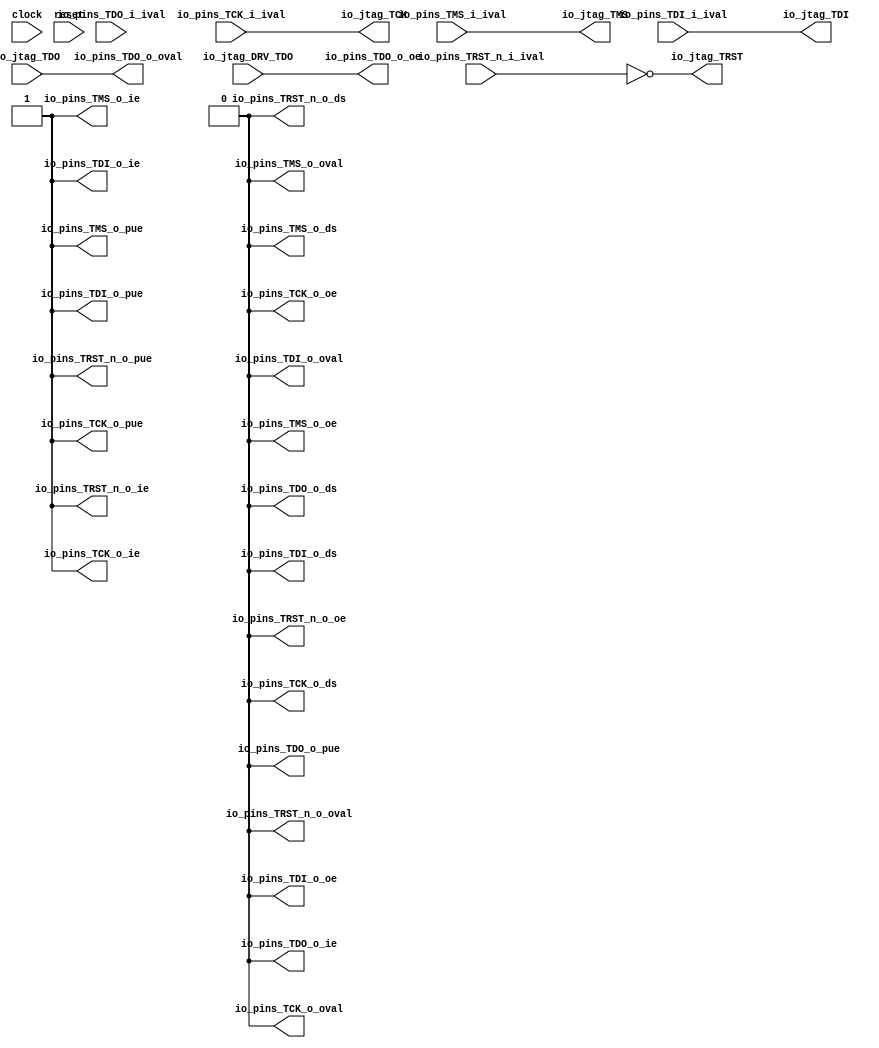
// This program was cloned from: https://github.com/xiaoerlang0359/E203plus
// License: Apache License 2.0

 /*                                                                      
 Copyright 2018 Nuclei System Technology, Inc.                
                                                                         
 Licensed under the Apache License, Version 2.0 (the "License");         
 you may not use this file except in compliance with the License.        
 You may obtain a copy of the License at                                 
                                                                         
     http://www.apache.org/licenses/LICENSE-2.0                          
                                                                         
  Unless required by applicable law or agreed to in writing, software    
 distributed under the License is distributed on an "AS IS" BASIS,       
 WITHOUT WARRANTIES OR CONDITIONS OF ANY KIND, either express or implied.
 See the License for the specific language governing permissions and     
 limitations under the License.                                          
 */                                                                      
                                                                         
                                                                         
                                                                         

module sirv_jtaggpioport(
  input   clock,
  input   reset,
  output  io_jtag_TCK,
  output  io_jtag_TMS,
  output  io_jtag_TDI,
  input   io_jtag_TDO,
  output  io_jtag_TRST,
  input   io_jtag_DRV_TDO,
  input   io_pins_TCK_i_ival,
  output  io_pins_TCK_o_oval,
  output  io_pins_TCK_o_oe,
  output  io_pins_TCK_o_ie,
  output  io_pins_TCK_o_pue,
  output  io_pins_TCK_o_ds,
  input   io_pins_TMS_i_ival,
  output  io_pins_TMS_o_oval,
  output  io_pins_TMS_o_oe,
  output  io_pins_TMS_o_ie,
  output  io_pins_TMS_o_pue,
  output  io_pins_TMS_o_ds,
  input   io_pins_TDI_i_ival,
  output  io_pins_TDI_o_oval,
  output  io_pins_TDI_o_oe,
  output  io_pins_TDI_o_ie,
  output  io_pins_TDI_o_pue,
  output  io_pins_TDI_o_ds,
  input   io_pins_TDO_i_ival,
  output  io_pins_TDO_o_oval,
  output  io_pins_TDO_o_oe,
  output  io_pins_TDO_o_ie,
  output  io_pins_TDO_o_pue,
  output  io_pins_TDO_o_ds,
  input   io_pins_TRST_n_i_ival,
  output  io_pins_TRST_n_o_oval,
  output  io_pins_TRST_n_o_oe,
  output  io_pins_TRST_n_o_ie,
  output  io_pins_TRST_n_o_pue,
  output  io_pins_TRST_n_o_ds
);
  wire  T_101;
  wire  T_117;
  assign io_jtag_TCK = T_101;
  assign io_jtag_TMS = io_pins_TMS_i_ival;
  assign io_jtag_TDI = io_pins_TDI_i_ival;
  assign io_jtag_TRST = T_117;
  assign io_pins_TCK_o_oval = 1'h0;
  assign io_pins_TCK_o_oe = 1'h0;
  assign io_pins_TCK_o_ie = 1'h1;
  assign io_pins_TCK_o_pue = 1'h1;
  assign io_pins_TCK_o_ds = 1'h0;
  assign io_pins_TMS_o_oval = 1'h0;
  assign io_pins_TMS_o_oe = 1'h0;
  assign io_pins_TMS_o_ie = 1'h1;
  assign io_pins_TMS_o_pue = 1'h1;
  assign io_pins_TMS_o_ds = 1'h0;
  assign io_pins_TDI_o_oval = 1'h0;
  assign io_pins_TDI_o_oe = 1'h0;
  assign io_pins_TDI_o_ie = 1'h1;
  assign io_pins_TDI_o_pue = 1'h1;
  assign io_pins_TDI_o_ds = 1'h0;
  assign io_pins_TDO_o_oval = io_jtag_TDO;
  assign io_pins_TDO_o_oe = io_jtag_DRV_TDO;
  assign io_pins_TDO_o_ie = 1'h0;
  assign io_pins_TDO_o_pue = 1'h0;
  assign io_pins_TDO_o_ds = 1'h0;
  assign io_pins_TRST_n_o_oval = 1'h0;
  assign io_pins_TRST_n_o_oe = 1'h0;
  assign io_pins_TRST_n_o_ie = 1'h1;
  assign io_pins_TRST_n_o_pue = 1'h1;
  assign io_pins_TRST_n_o_ds = 1'h0;
  assign T_101 = $unsigned(io_pins_TCK_i_ival);
  assign T_117 = ~ io_pins_TRST_n_i_ival;
endmodule